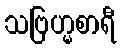
သဗြဟ္မစာရီ